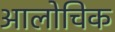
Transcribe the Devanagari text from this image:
आलोचिक